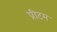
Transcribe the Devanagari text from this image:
प्रीटम